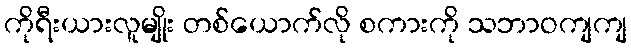
ကိုရီးယားလူမျိုး တစ်ယောက်လို စကားကို သဘာဝကျကျ